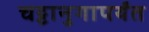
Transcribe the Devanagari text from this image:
चट्टानुगापर्यंत